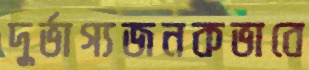
দুর্ভাগ্যজনকভাবে